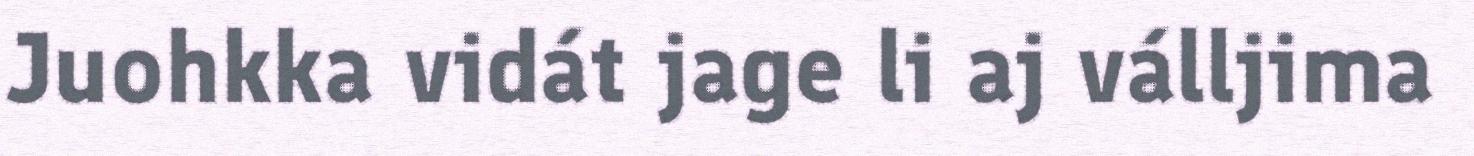
Juohkka vidát jage li aj válljima